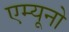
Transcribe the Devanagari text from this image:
एम्यूनो